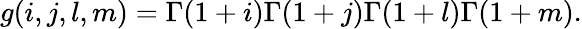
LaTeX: g(i,j,l,m)=\Gamma(1+i)\Gamma(1+j)\Gamma(1+l)\Gamma(1+m).